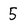
Character: 5